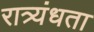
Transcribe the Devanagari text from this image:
रात्र्यंधता